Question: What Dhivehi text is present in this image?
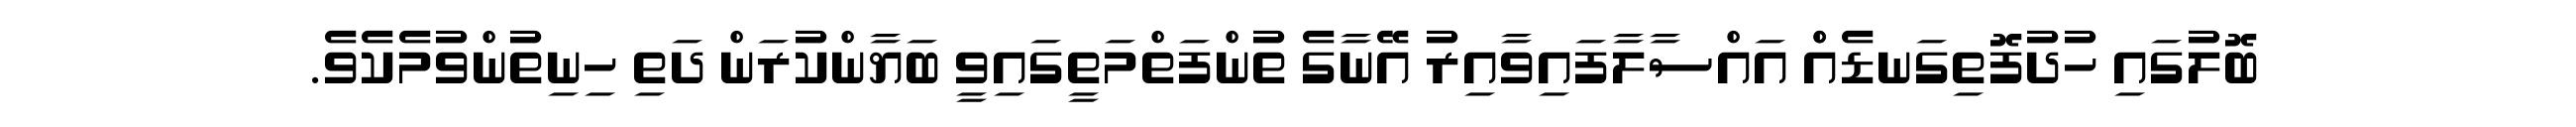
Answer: ބޮލުގައި ހުދުފޮތިގަނޑެއްް އައްސާލާފައިވާއިރު އޭނާގެ ތުންފަތްމަތީގައިވީ ބަޔާންކުރަން ދަތި ހިނިތުންވުމެކެވެ.